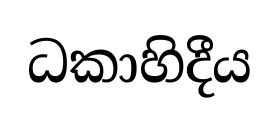
ධකාහිදීය